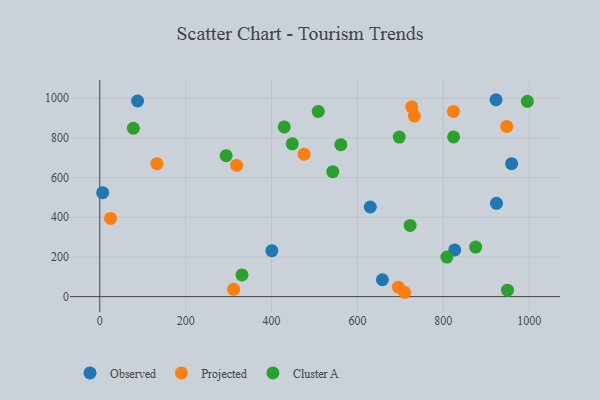
{"axis": {"x": "Ad Spend", "y": "Fuel Efficiency"}, "legend": ["Cluster A", "Observed", "Projected"], "data": [{"x": "923.8", "y": 470.4, "type": "Observed"}, {"x": "959.1", "y": 670.0, "type": "Observed"}, {"x": "922.8", "y": 992.4, "type": "Observed"}, {"x": "6.7", "y": 523.8, "type": "Observed"}, {"x": "630.0", "y": 451.7, "type": "Observed"}, {"x": "658.2", "y": 85.1, "type": "Observed"}, {"x": "826.6", "y": 235.5, "type": "Observed"}, {"x": "88.1", "y": 986.1, "type": "Observed"}, {"x": "400.8", "y": 231.8, "type": "Observed"}, {"x": "311.7", "y": 36.8, "type": "Projected"}, {"x": "695.3", "y": 47.9, "type": "Projected"}, {"x": "726.6", "y": 956.6, "type": "Projected"}, {"x": "732.6", "y": 910.0, "type": "Projected"}, {"x": "823.5", "y": 933.2, "type": "Projected"}, {"x": "710.0", "y": 22.0, "type": "Projected"}, {"x": "318.7", "y": 661.4, "type": "Projected"}, {"x": "475.9", "y": 717.9, "type": "Projected"}, {"x": "947.8", "y": 858.0, "type": "Projected"}, {"x": "25.1", "y": 394.1, "type": "Projected"}, {"x": "133.0", "y": 670.0, "type": "Projected"}, {"x": "722.8", "y": 358.9, "type": "Cluster A"}, {"x": "875.3", "y": 249.8, "type": "Cluster A"}, {"x": "331.2", "y": 109.5, "type": "Cluster A"}, {"x": "995.8", "y": 984.2, "type": "Cluster A"}, {"x": "808.4", "y": 199.4, "type": "Cluster A"}, {"x": "561.4", "y": 765.9, "type": "Cluster A"}, {"x": "448.3", "y": 769.9, "type": "Cluster A"}, {"x": "508.8", "y": 933.6, "type": "Cluster A"}, {"x": "823.9", "y": 804.7, "type": "Cluster A"}, {"x": "294.3", "y": 710.2, "type": "Cluster A"}, {"x": "697.5", "y": 804.2, "type": "Cluster A"}, {"x": "429.7", "y": 855.2, "type": "Cluster A"}, {"x": "542.6", "y": 629.8, "type": "Cluster A"}, {"x": "78.2", "y": 848.7, "type": "Cluster A"}, {"x": "949.5", "y": 32.4, "type": "Cluster A"}]}